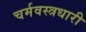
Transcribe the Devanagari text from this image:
चर्मवस्त्रधारी